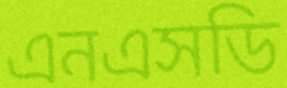
এনএসডি